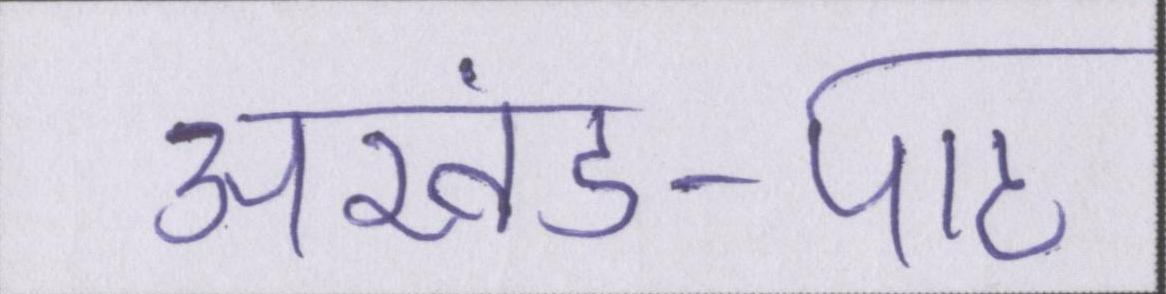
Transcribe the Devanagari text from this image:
अखंड-पाठ